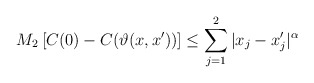
\begin{align*}M_2 \left[ C(0) - C(\vartheta(x,x')) \right] \leq \sum_{j=1}^2 | x_j - x'_j |^{\alpha}\end{align*}